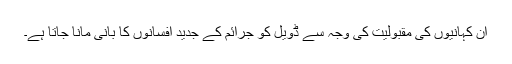
اِن کہانیوں کی مقبولیت کی وجہ سے ڈویل کو جرائم کے جدید افسانوں کا بانی مانا جاتا ہے۔